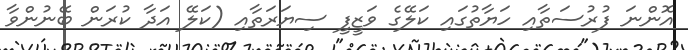
އޮންނަ ފުރުސަތާއި ހަޔާތުގައި ކަލޭގެ ވަޒީފީ ސިޔަރަތާއި (ކަލޭ އަދާ ކުރަން ބޭނުންވާ